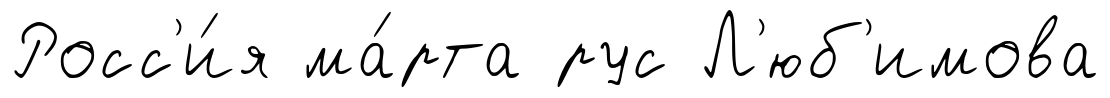
Росс'и́я ма́рта рус Л'юб'имова